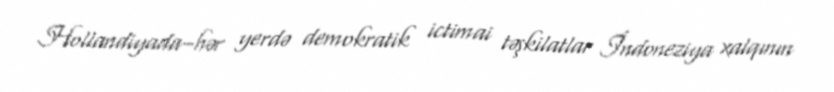
Hollandiyada–hər yerdə demokratik ictimai təşkilatlar İndoneziya xalqının